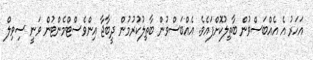
އަހަރު އެ އެއްބަސްވުން ބާތިލުކޮށްފައެވެ. އެއްބަސްވުން ބާތިލުކުރުމުން ދީބާޖާ އިންވެސްޓްމެންޓުން ވަނީ ސިވިލް